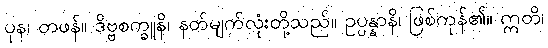
ပုန၊ တဖန်။ ဒိဗ္ဗစက္ခူနိ၊ နတ်မျက်လုံးတို့သည်။ ဥပ္ပန္နာနိ၊ ဖြစ်ကုန်၏။ ဣတိ၊